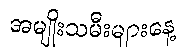
အမျိုးသမီးများနေ့